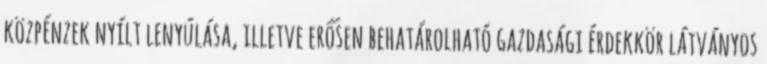
közpénzek nyílt lenyúlása, illetve erősen behatárolható gazdasági érdekkör látványos